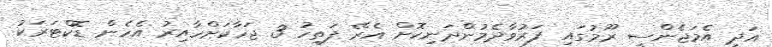
އަދި އެމަޖެންސީ ރޫމުގައި ފަރުވާދެމުންދަނިކޮށް އެރޭ ފަތިހު 3 ޖަހާކަށްހާއިރު އެހެން ޑޮކްޓަރަކު